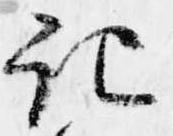
記